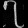
Digit: ၇